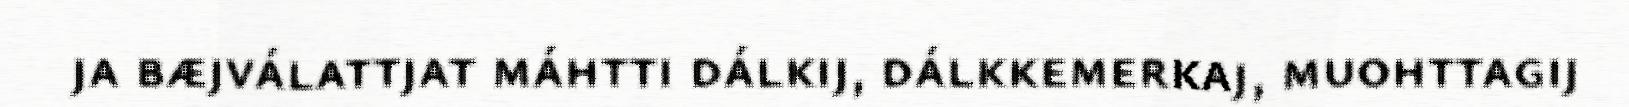
ja bæjválattjat máhtti dálkij, dálkkemerkaj, muohttagij